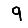
Digit: 9